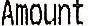
AMOUNT